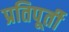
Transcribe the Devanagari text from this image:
प्रतिपूर्ती